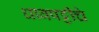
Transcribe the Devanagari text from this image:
धावपट्टीचे